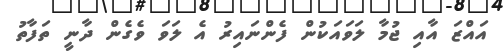
އައްޒަ އާއި ޖުމާ ލަވައަކުން ފެންނައިރު އެ ލަވަ ވެގެން ދާނީ ތަފާތު